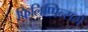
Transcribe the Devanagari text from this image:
फिलिप्पिन्समें